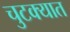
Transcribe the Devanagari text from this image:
चुटक्यात